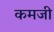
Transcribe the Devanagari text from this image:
कमजी